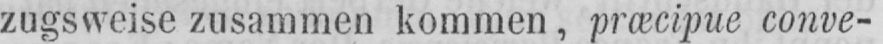
zugsweise zusammen kommen, præcipue conve-